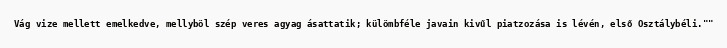
Vág vize mellett emelkedve, mellyböl szép veres agyag ásattatik; külömbféle javain kivűl piatzozása is lévén, első Osztálybéli.""